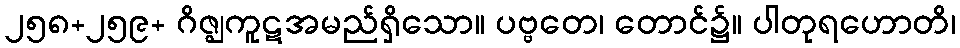
၂၅၈+၂၅၉+ ဂိဇ္ဈကူဋအမည်ရှိသော။ ပဗ္ဗတေ၊ တောင်၌။ ပါတုရဟောတိ၊